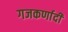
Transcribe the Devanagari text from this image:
गजकर्णादी